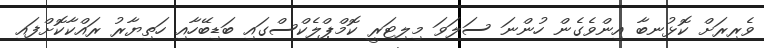
ވެރިރަށް ކޮޅުނބާ އިންވެގެން ހުންނަ ސަލަވަ މިލިޓަރީ ކޮމްޕްލެކްސްގައި ބަޑިބޭހާއި ހަތިޔާރު ރައްކާކޮށްފައި